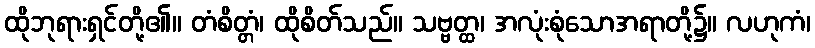
ထိုဘုရားရှင်တို့၏။ တံစိတ္တံ၊ ထိုစိတ်သည်။ သဗ္ဗတ္ထ၊ အလုံးစုံသောအရာတို့၌။ လဟုကံ၊